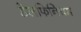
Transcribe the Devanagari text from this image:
डेलफिनियम